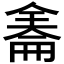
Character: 𠓹